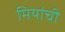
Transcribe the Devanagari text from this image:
मियांची